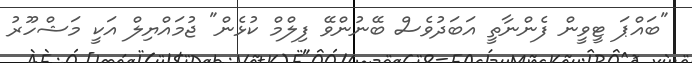
"ބައްޕަ ޓީވީން ފެންނާތީ އަބަދުވެސް ބޭނުންވޭ ފިލްމް ކުޅެން" ޖުމައްޔިލް އަކީ މަޝްހޫރު